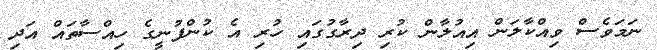
ނަމަވެސް ވިއްކާލަން އިއުލާން ކުރި ދިރާގުގައި ހުރި އެ ކުންފުނީގެ ހިއްސާތައް އަދި